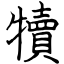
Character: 犢